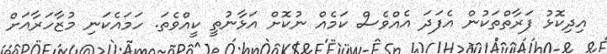
އިދިކޮޅު ފަރާތްތަކުން އެފަދަ އެއްވެސް ކަމެއް ނުކޮށް އަޅާނުތީ ކީއްވެތަ. ހަމައެކަނި މުޒާހަރާއަށް